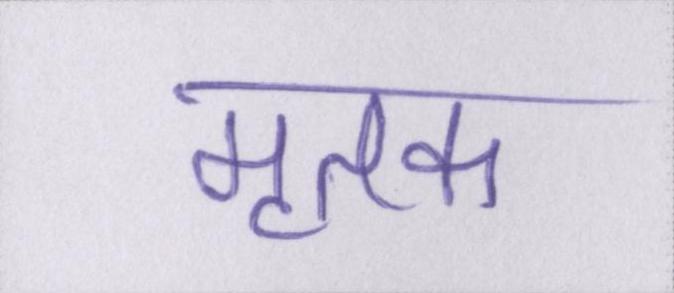
मृतक